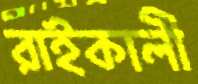
রাইকালী